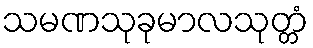
သမဏသုခုမာလသုတ္တံ